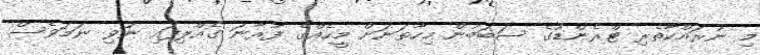
މި ނުރައްކާތެރި ޓްރެންޑުގެ ސަބަބުން މިހާތަނަށް މީހެއްގެ ފުރާނަ ގެއްލިފައި ނުވި ނަމަވެސް